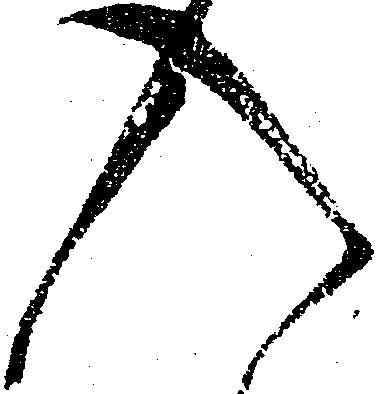
入